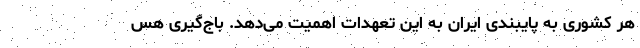
هر کشوری به پایبندی ایران به این تعهدات اهمیت می‌دهد. باج‌گیری هس